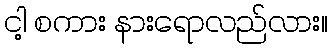
ငါ့ စကား နားရောလည်လား။